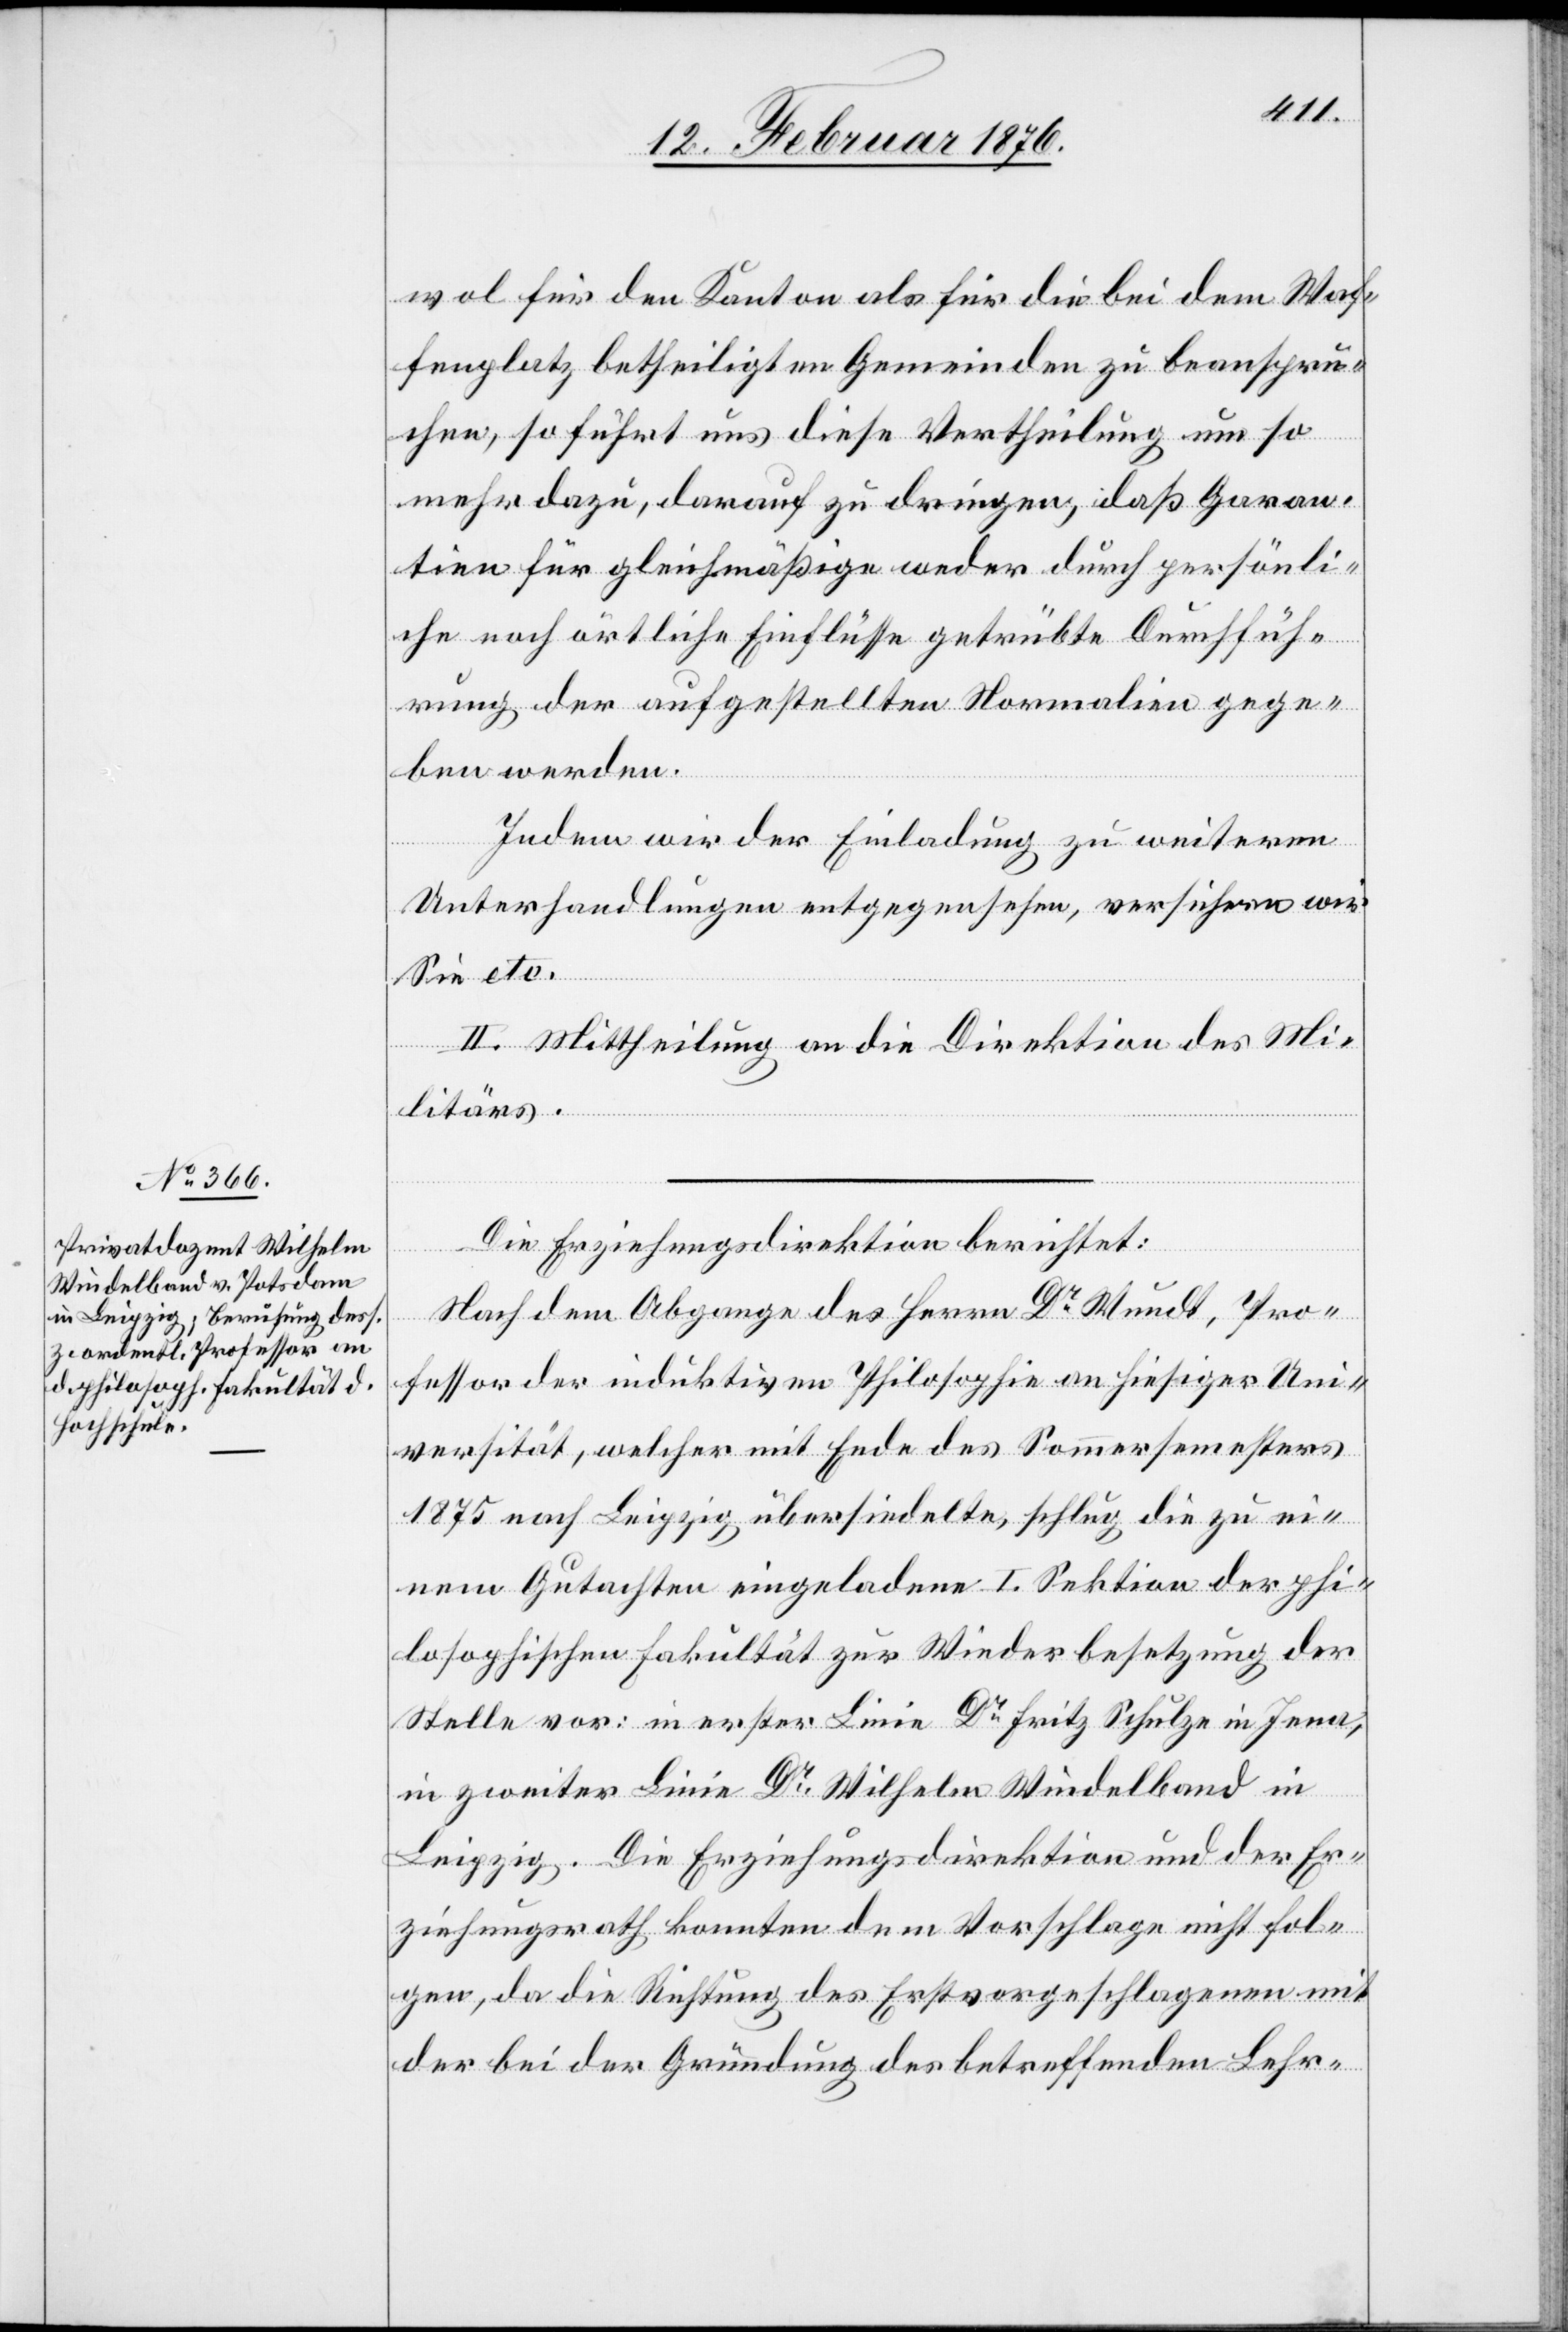
wol für den Kanton als für die bei dem Waf¬
fenplatz befindlichen Gemeinden zu beanspru¬
in
chen, so führt uns diese Vertheilung um so
mehr dazu, darauf zu dringen, daß Garan¬
tien für gleichmäßige weder durch persönli¬
che noch örtliche Einflüsse getrübte Durchfüh¬
rung der aufgestellten Normalien gege¬
ben werden.
Indem wir der Einladung zu weiteren
Unterhandlungen entgegensehen, versichern wir
Sie etc.
II. Mittheilung an die Direktion des Mi¬
litärs.
Die Erziehungsdirektion berichtet:
Nach dem Abgange des Herrn Dr Wundt, Pro¬
fessor der induktiven Philosophie an hiesiger Uni¬
versität, welcher mit Ende des Sommersemesters
1875 nach Leipzig übersiedelte, schlug die zu ei¬
nem Gutachten eingeladene I. Sektion der phi¬
losophischen Fakultät zur Wiederbesetzung der
Stelle vor: in erster Linie Dr Wilhelm Windelba¬
Leipzig. Die Erziehungsdirektion und der Er¬
ziehungsrath konnten dem Vorschlage nicht fol¬
gen, da die Richtung des Erstvorgeschlagenen mit
der bei der Gründung des betreffenden Lehr-